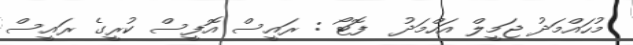
މުހައްމަދު ޖަމީލް އަހްމަދު  ފޮޓޯ : ރައީސް އޮފީސް ކުރީގެ ރައީސް